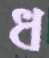
ধ